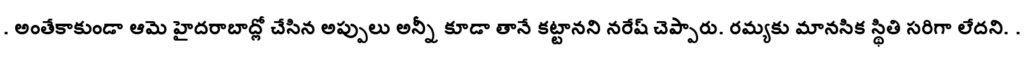
. అంతేకాకుండా ఆమె హైదరాబాద్లో చేసిన అప్పులు అన్నీ కూడా తానే కట్టానని నరేష్ చెప్పారు. రమ్యకు మానసిక స్థితి సరిగా లేదని. .